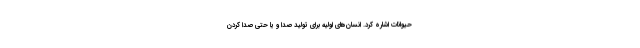
حیوانات اشاره کرد. انسان‌های اولیه برای تولید صدا و یا حتی صدا کردن